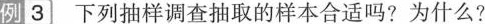
例3 下列抽样调查抽取的样本合适吗？为什么？